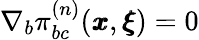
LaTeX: \nabla_{b}\pi_{bc}^{(n)}({\pmb x},{\pmb\xi})=0